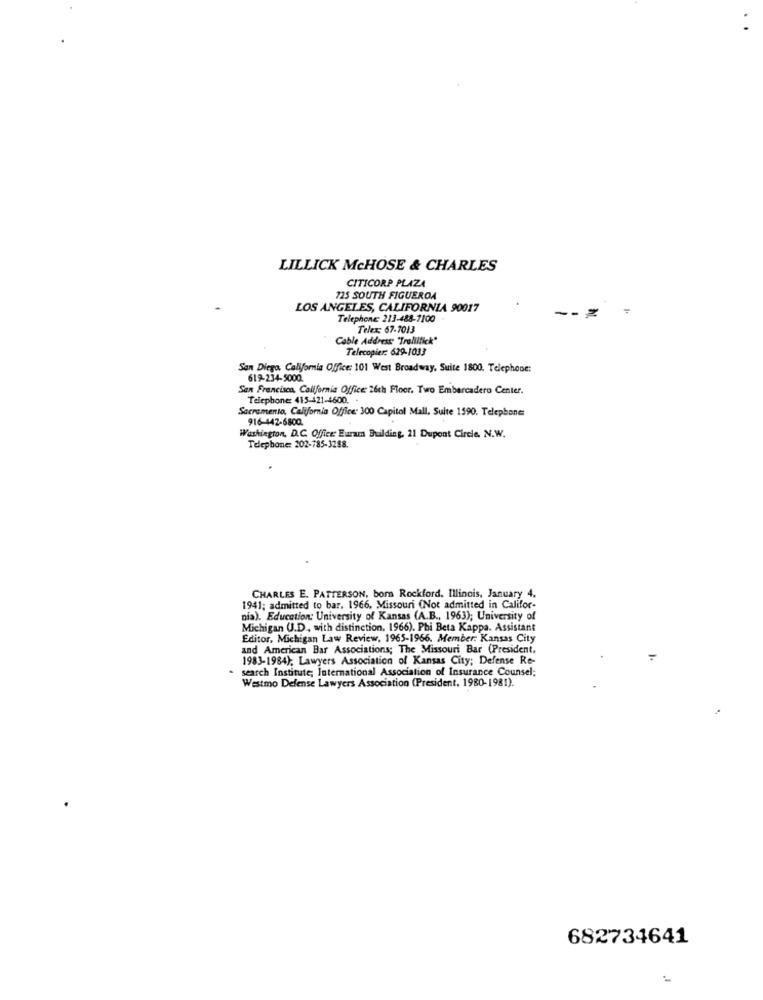
LILLICK McHOSE & CHARLES
CITICORP PLAZA
725 SOUTH FIGUEROA
LOS ANGELES, CALIFORNIA 90017
Telephone: 213-488-7100
Telex: 67-7013
Cable Address "Traliitick"
Telecopier: 629-1033
San Diego, California Office: 101 West Broadway, Suite 1800. Telephone:
619-234-5000
San Francisco, California Office: 26th Floor. Two Embarcadero Center.
Telephone: 415-421-4600.
Sacramento, California Office: 300 Capitol Mall, Suite 1590. Telephone:
916-442-6800.
Washington, D.C. Office Euram Building, 21 Dupont Circle. N.W.
Telephone: 202-785-3288.
CHARLES E. PATTERSON, born Rockford, Illinois, January 4,
1941; admitted to bar. 1966, Missouri (Not admitted in Califor-
nia). Education: University of Kansas (A.B ., 1963); University of
Michigan U.D ., with distinction, 1966). Phi Beta Kappa. Assistant
Editor, Michigan Law Review, 1965-1966. Member: Kansas City
and American Bar Associations; The Missouri Bar (President.
1983-1984); Lawyers Association of Kansas City; Defense Re-
-
search Institute; International Association of Insurance Counsel;
Westmo Defense Lawyers Association (President, 1980-1981).
682734641